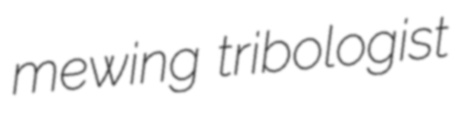
mewing tribologist